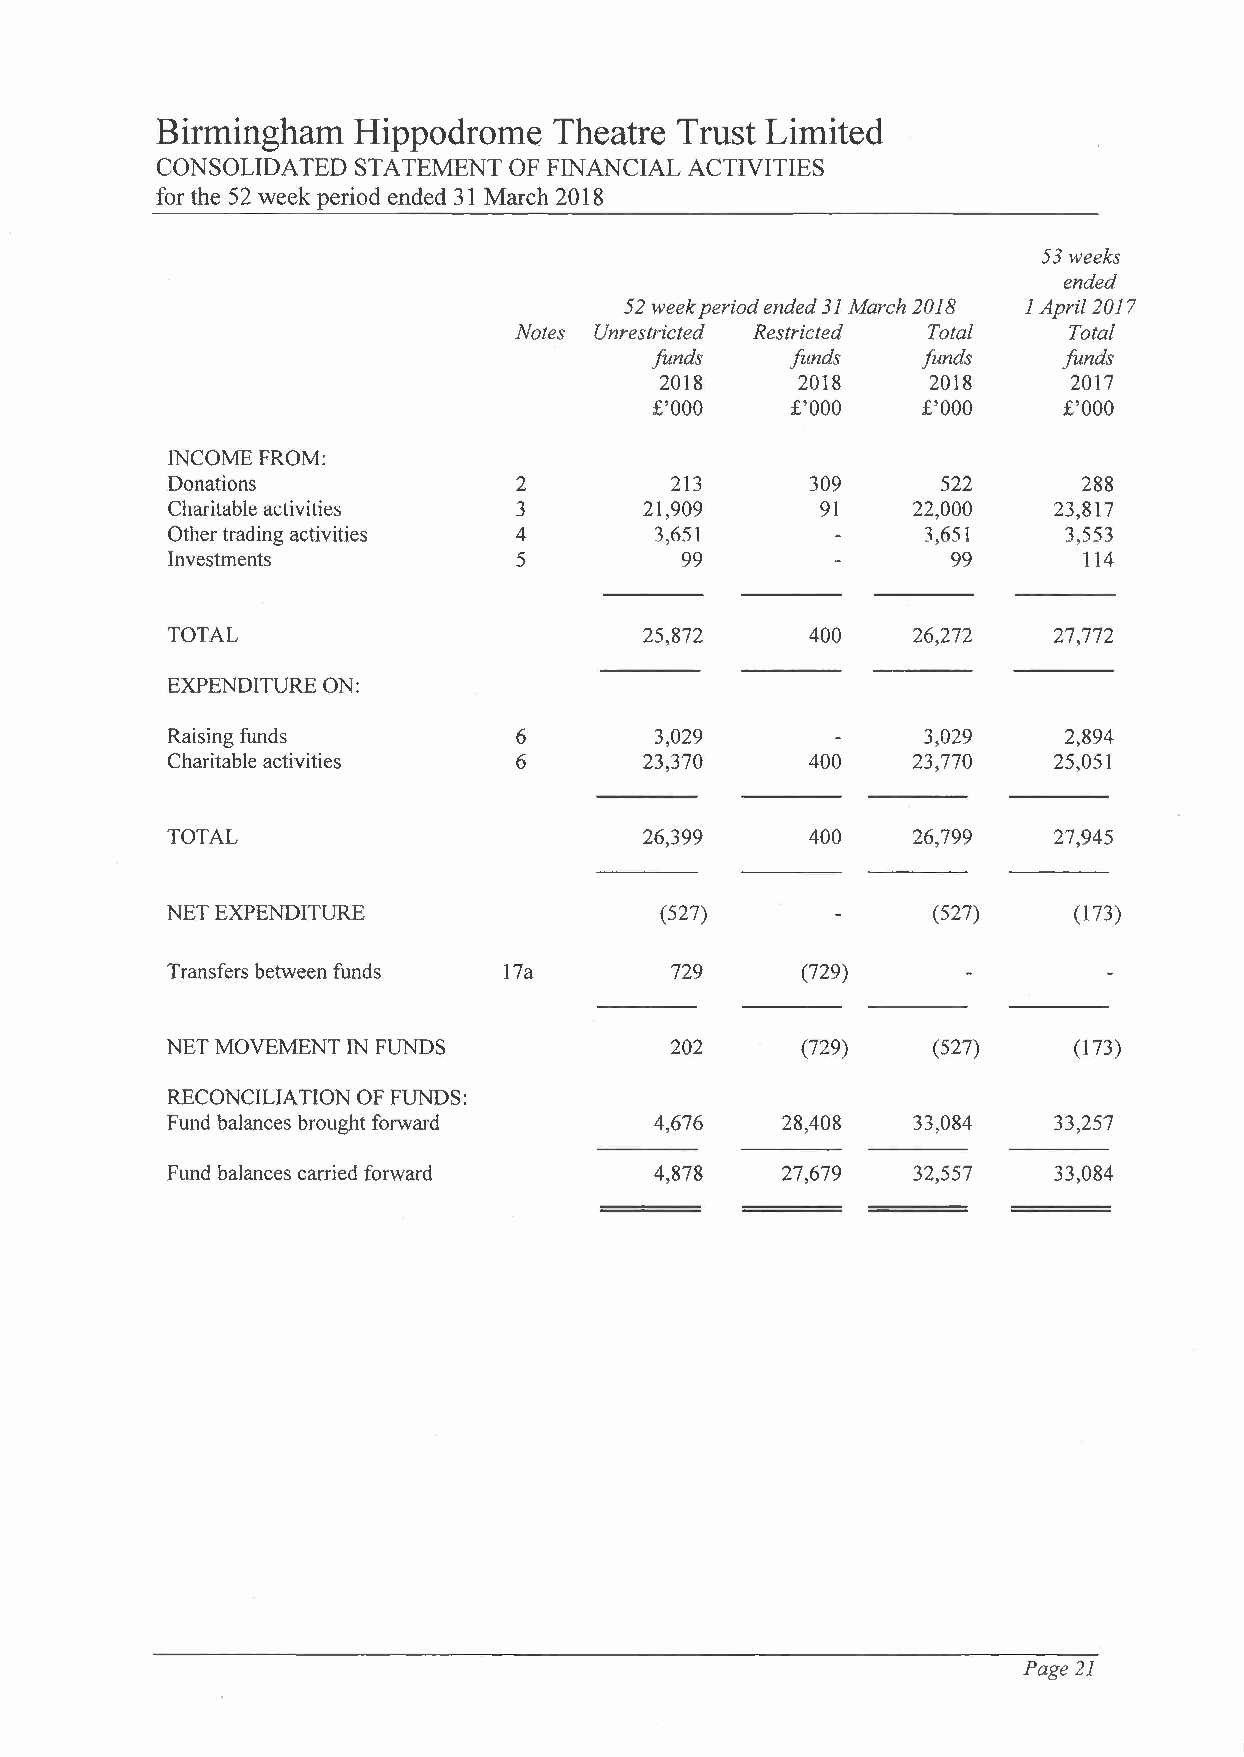
Birmingham   Hippodrome    Theatre Trust Limited
 CONSOLIDATED  STATEMENT OF FINANCIAL ACTIVITIES
 for the 52 week period ended 31 March 2018
 53 weeks
 ended
 52 week period ended 31 March 2018 1 April2017
 Notes Unrestricted Restricted Total  Total
 funds    funds    funds    funds
 2018     2018    2018      2017
 £'000    £'000    £'000    £'000
 INCOME FROM:
 Donations              2         213       309     522       288
 Charitable adi vities  3        21,909     91    22,000    23,817
 Other trading activities 4      1,ó51             3,651    3,553
 Investments            5          99                99       114
 TOTAL                           25,872     400   26,272    27,772
 EXPENDITURE ON:
 Raising funds          6        3,029             3,029    2,894
 Charitable activities  6        23,370     400   23,770    25,051
 TOTAL                           26,399     400   26,799    27,945
 NET EXPENDITURE                  (527)             (527)    (173)
 Transfers between funds 17a      729      (729)
 NET MOVEMENT IN FUNDS            202      (729)    (527)    (173)
 RECONCILIATION OF FUNDS:
 Fund balances brought forward   4,676    28,408  33,084    33,257
 Fund balances carried forward   4,878    27,679  32,557    33,084
 Page 21